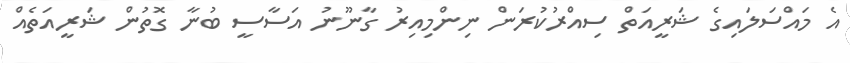
އެ މައްސަލައިގެ ޝަރީއަތް ސިއްރުކުރަން ނިންމިއިރު ގާނޫނު އަސާސީ ބުނާ ގޮތުން ޝަރީއަތެއް